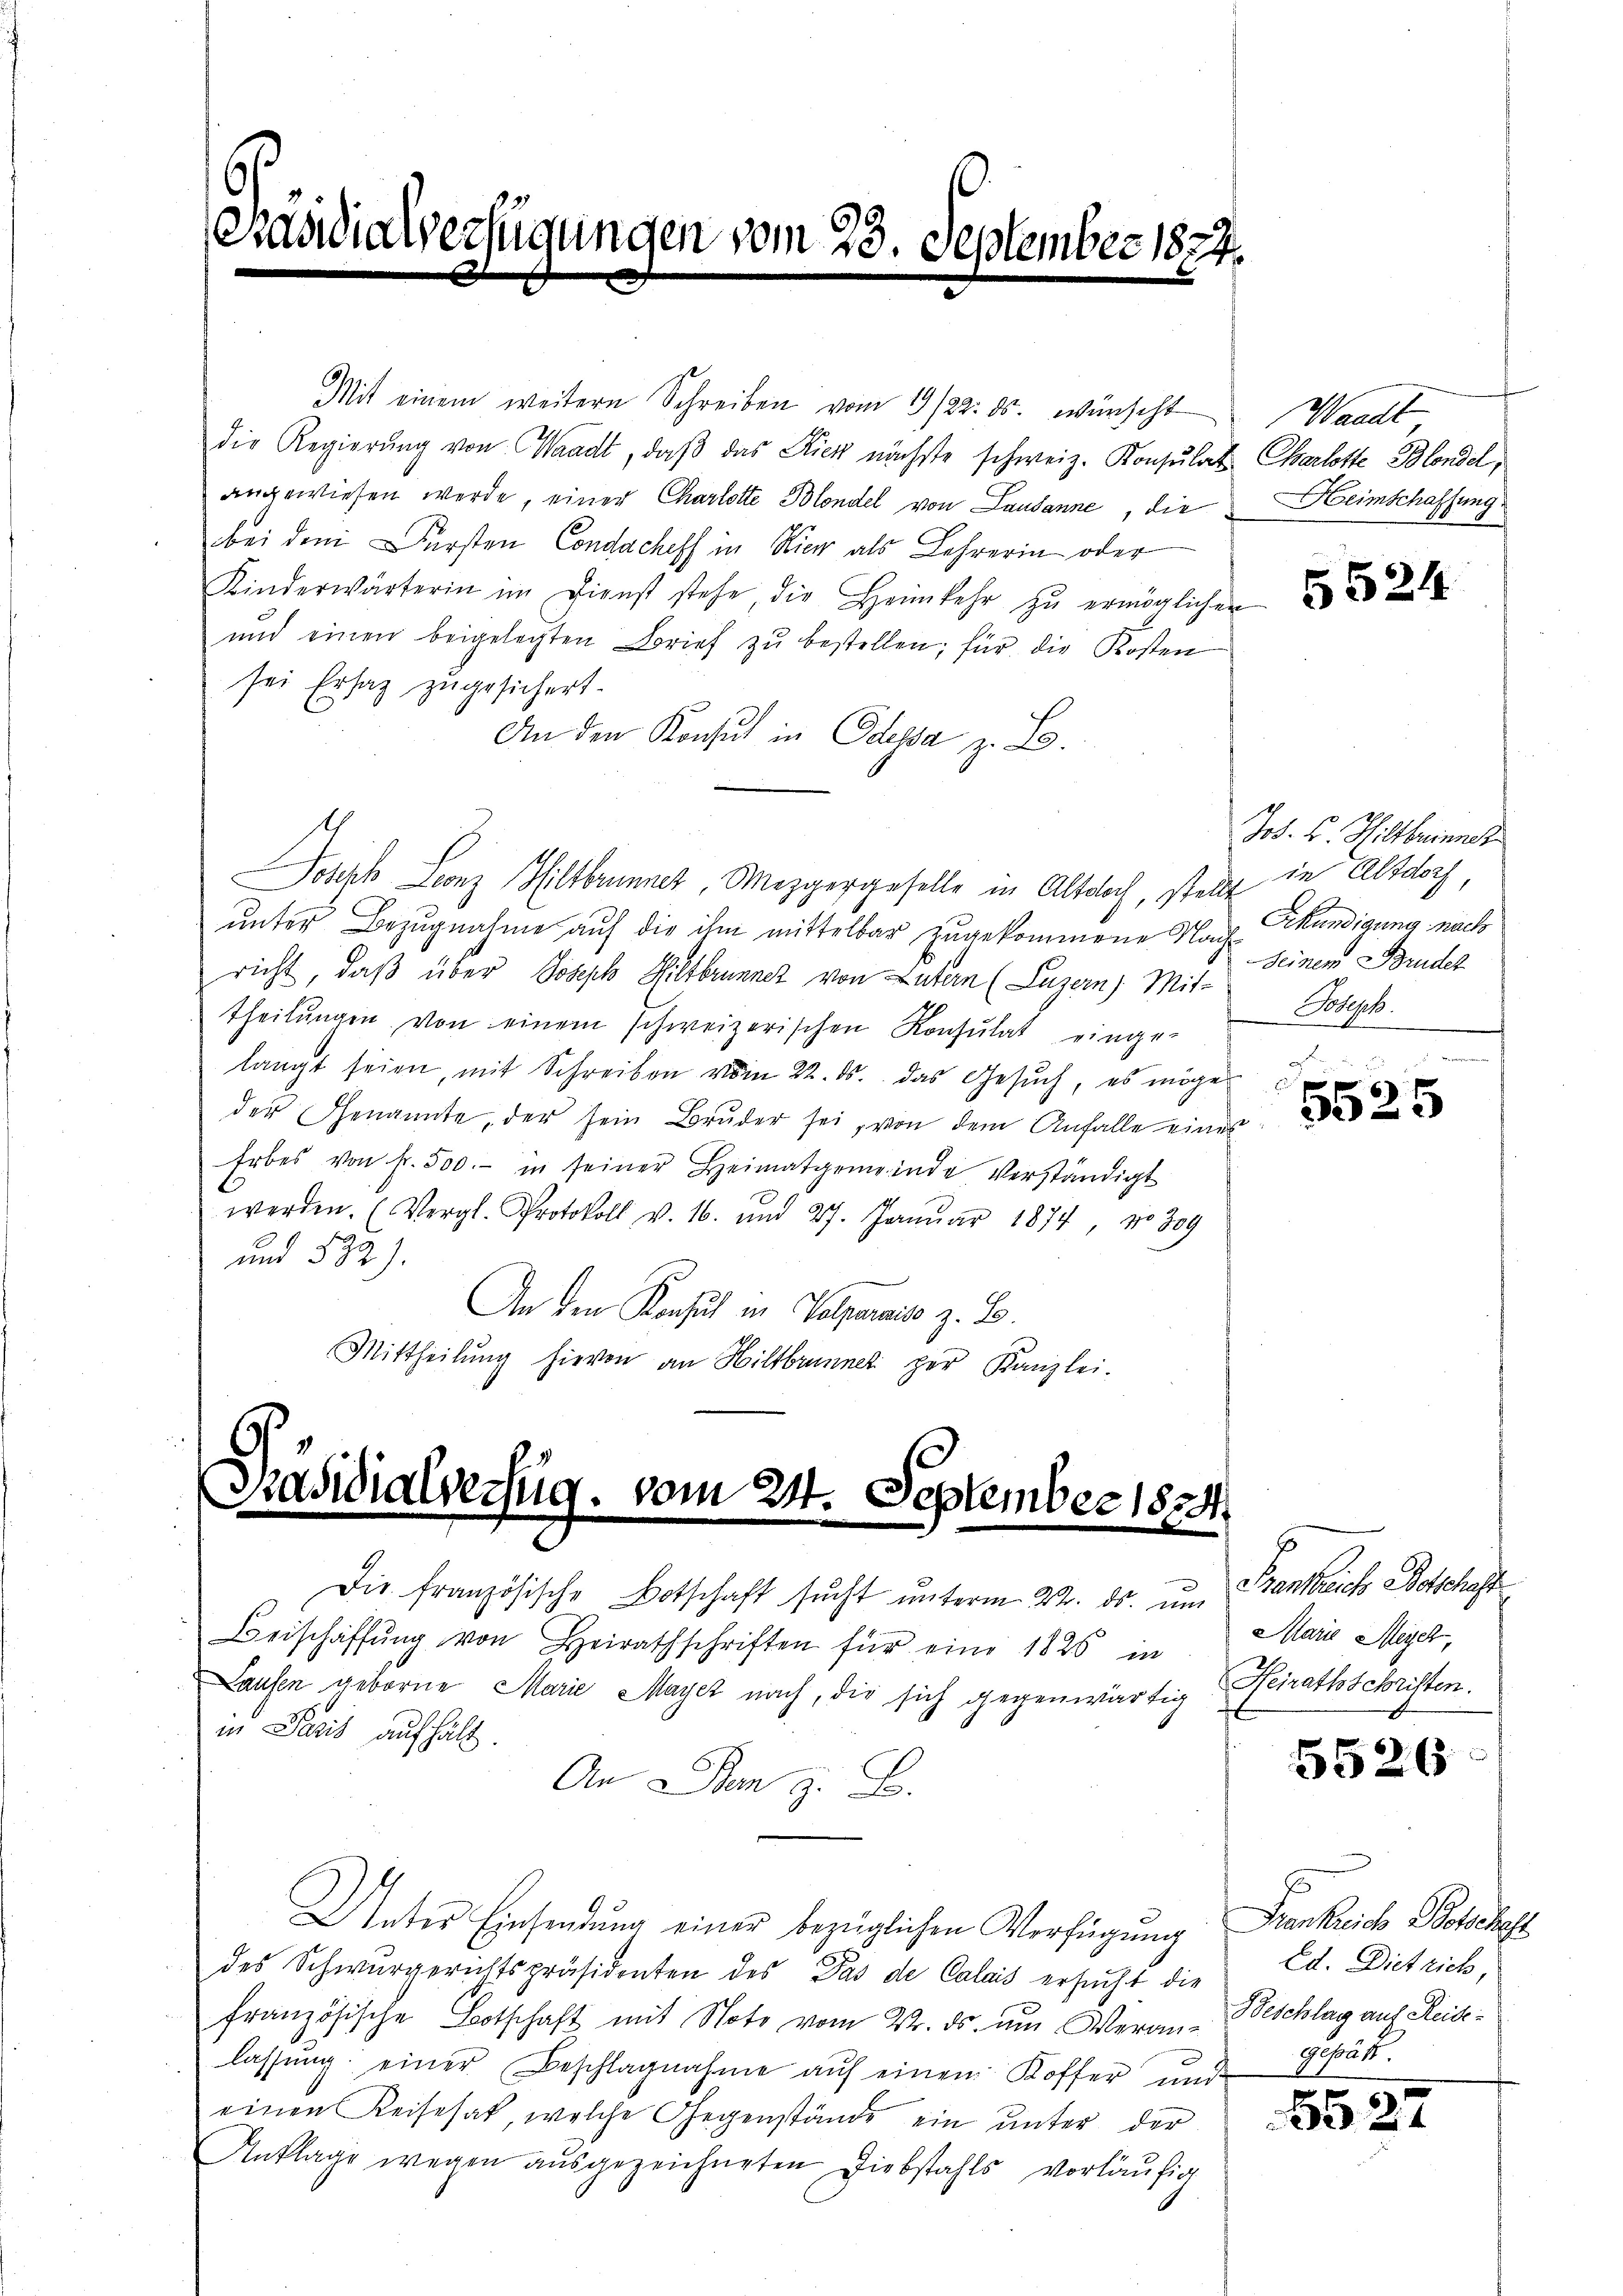
Mit einem weitern Schreiben vom 19/22. ds. wünscht
die Regierŭng von Waadt, daβ das Kicz nächste schweiz. Konsulat Charlotte Blandel,
angewiesen werde, einer Charlotte Blondel von Lausanne, die Heimschaffung
bei dem Fürsten Condacheff in Hier als Lehrerin oder
Kinderwärterin im Dienst stehe, die Heimkehr zŭ ermöglichen
und einen beigelegten Brief zŭ bestellen; für die Kosten
sei Ersatz zugesichert.
An den Konsul in Odessa z. B.
Joseph Leonz Hiltbrunner, Mezgergeselle in Altloch, stellt
unter Bezugnahme auf die ihm mittelbar zugekommene Nach Erkundigung nach
richt, daß über Joseph Hiltbrunnetz von Luten (Luzern, Mit-
theilŭngen von einem schweizerischen Konsulat einge-
langt seien, mit Schreiben vom 22. ds. das Gesuch, es möge
der Genannte, der sein Brŭder sei, von dem Anfalle eines
Erbes von fr. 500.- in seiner Heimatgemeinde verständigt
werden. (Vergl. Protokoll v. 16. und 27. Janŭar 1874 No 309
und 532).
An den Konsul in Volperniso z. B.
Mittheilŭng hievon an Hiltbrunner per Kanzlei.

Präsidialverzug. vom 24. Septemb

Die französische Botschaft sucht unterm 22. ds. ŭm Frankreich Botschaft
Beischaffung von Heirathschriften für eine 1826 in
Laufen geborne Marie Mayez nach, die sich gegenwärtig Heirathschriften.
in Paris aufhält.
An Dem z. B.

Paudialverfügungen vom 23. September 1822

Unter Einsendung einer bezüglichen Verfügung Frankreiche Botschaft

des Schwurgerichtspräsidenten des Das de Calais ersucht die Ed. Dietrich,
französische Botschaft mit Note vom 22. ds. um Veran- Beschlag auf Reidelassŭng einer Beschlagnahme auf einem Koffer und
einen Reisehat, welche Gegenstände ein unter der
Anklage wegen ausgezeichneten Diebstahls vorläŭfig

18

Waadt

5524

Jod. F. Hiltbrinner
in Altdorf,
Seinem Bruder
Joseph.

s
x
325

Marie Meyer,

5526

gepäh.
5527